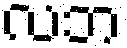
လဘ